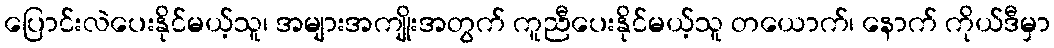
ပြောင်းလဲပေးနိုင်မယ့်သူ၊ အများအကျိုးအတွက် ကူညီပေးနိုင်မယ့်သူ တယောက်၊ နောက် ကိုယ်ဒီမှာ